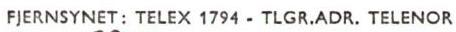
FJERNSYNET: TELEX 1794 - TLGR.ADR. TELENOR